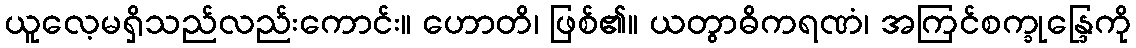
ယူလေ့မရှိသည်လည်းကောင်း။ ဟောတိ၊ ဖြစ်၏။ ယတွာဓိကရဏံ၊ အကြင်စက္ခုန္ဒြေကို